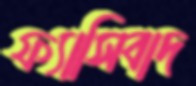
ফ্যাসিবাদ